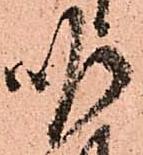
順